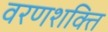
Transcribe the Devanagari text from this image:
वरणशक्ति